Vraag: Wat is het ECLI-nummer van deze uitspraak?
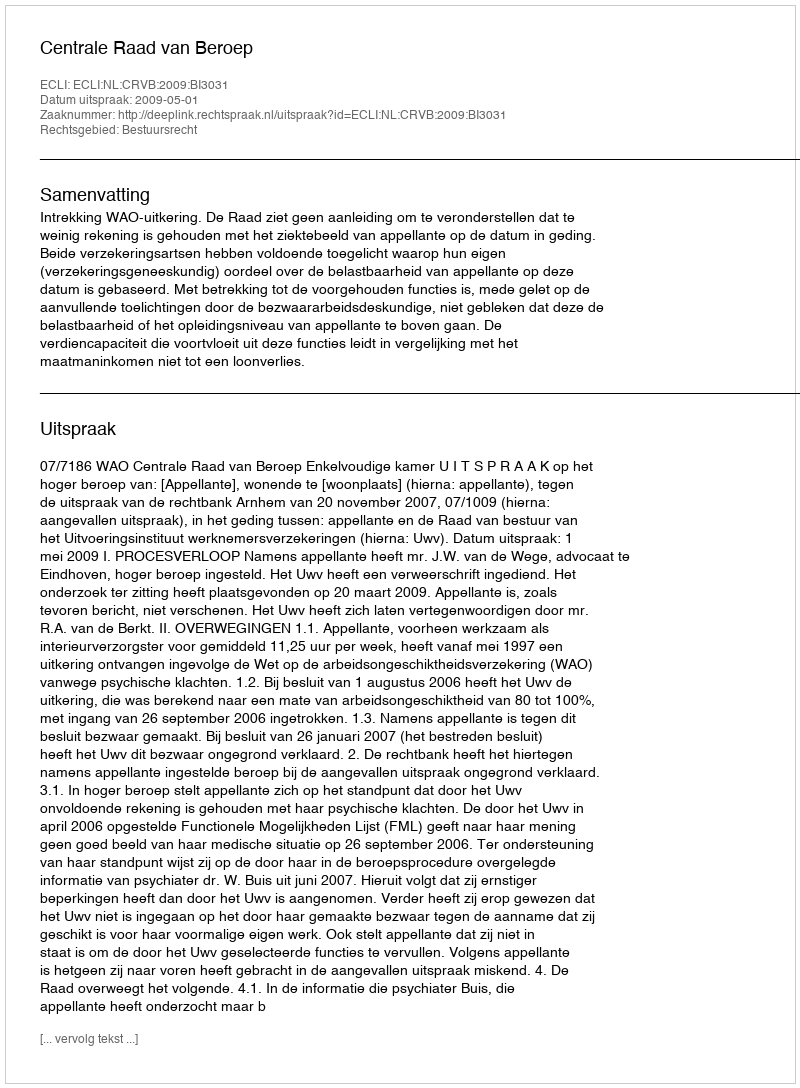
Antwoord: ECLI:NL:CRVB:2009:BI3031